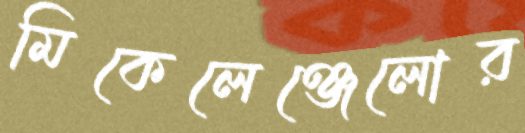
মিকেলেঞ্জেলোর